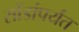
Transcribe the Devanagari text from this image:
सोंडांपर्यंत